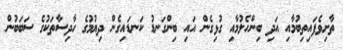
ތާށިވެފައިތިބުމާއި އަދި ބިންހެލުމާއި ގުޅިގެން އައި ބިންގަނޑު ކަނޑައިގެން ދިޔުމުގެ ހާދިސާތަކުގެ ސަބަބުން